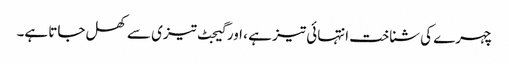
چہرے کی شناخت انتہائی تیز ہے ، اور گیجٹ تیزی سے کھل جاتا ہے۔